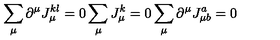
\sum _ { \mu } \partial ^ { \mu } J _ { \mu } ^ { k l } = 0 \sum _ { \mu } J _ { \mu } ^ { k } = 0 \sum _ { \mu } \partial ^ { \mu } J _ { \mu b } ^ { a } = 0